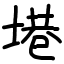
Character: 塂